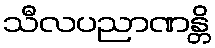
သီလပညာဏန္တိ